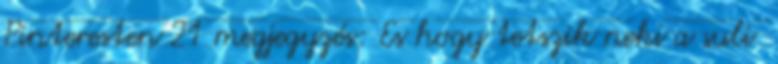
Pinteresten 21 megjegyzés: Es hogy tetszik neki a suli